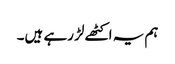
ہم یہ اکٹھے لڑ رہے ہیں۔